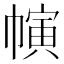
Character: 𢄨